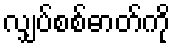
လျှပ်စစ်ဓာတ်ကို